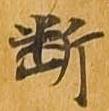
断